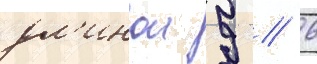
дл'инои 9 // 6